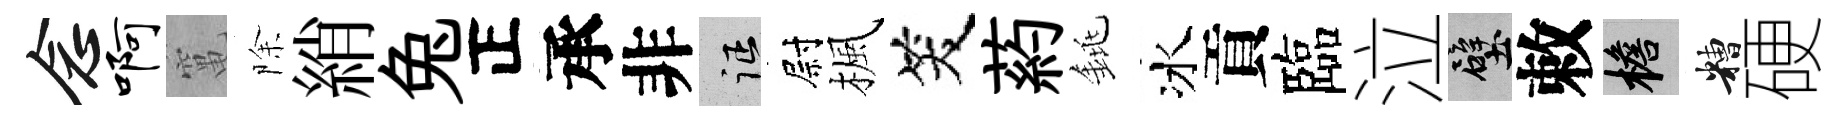
念啊𥧄除綃兔正承非征尉楓笑葯銚冰貢臨泣壁敕檐糟硬